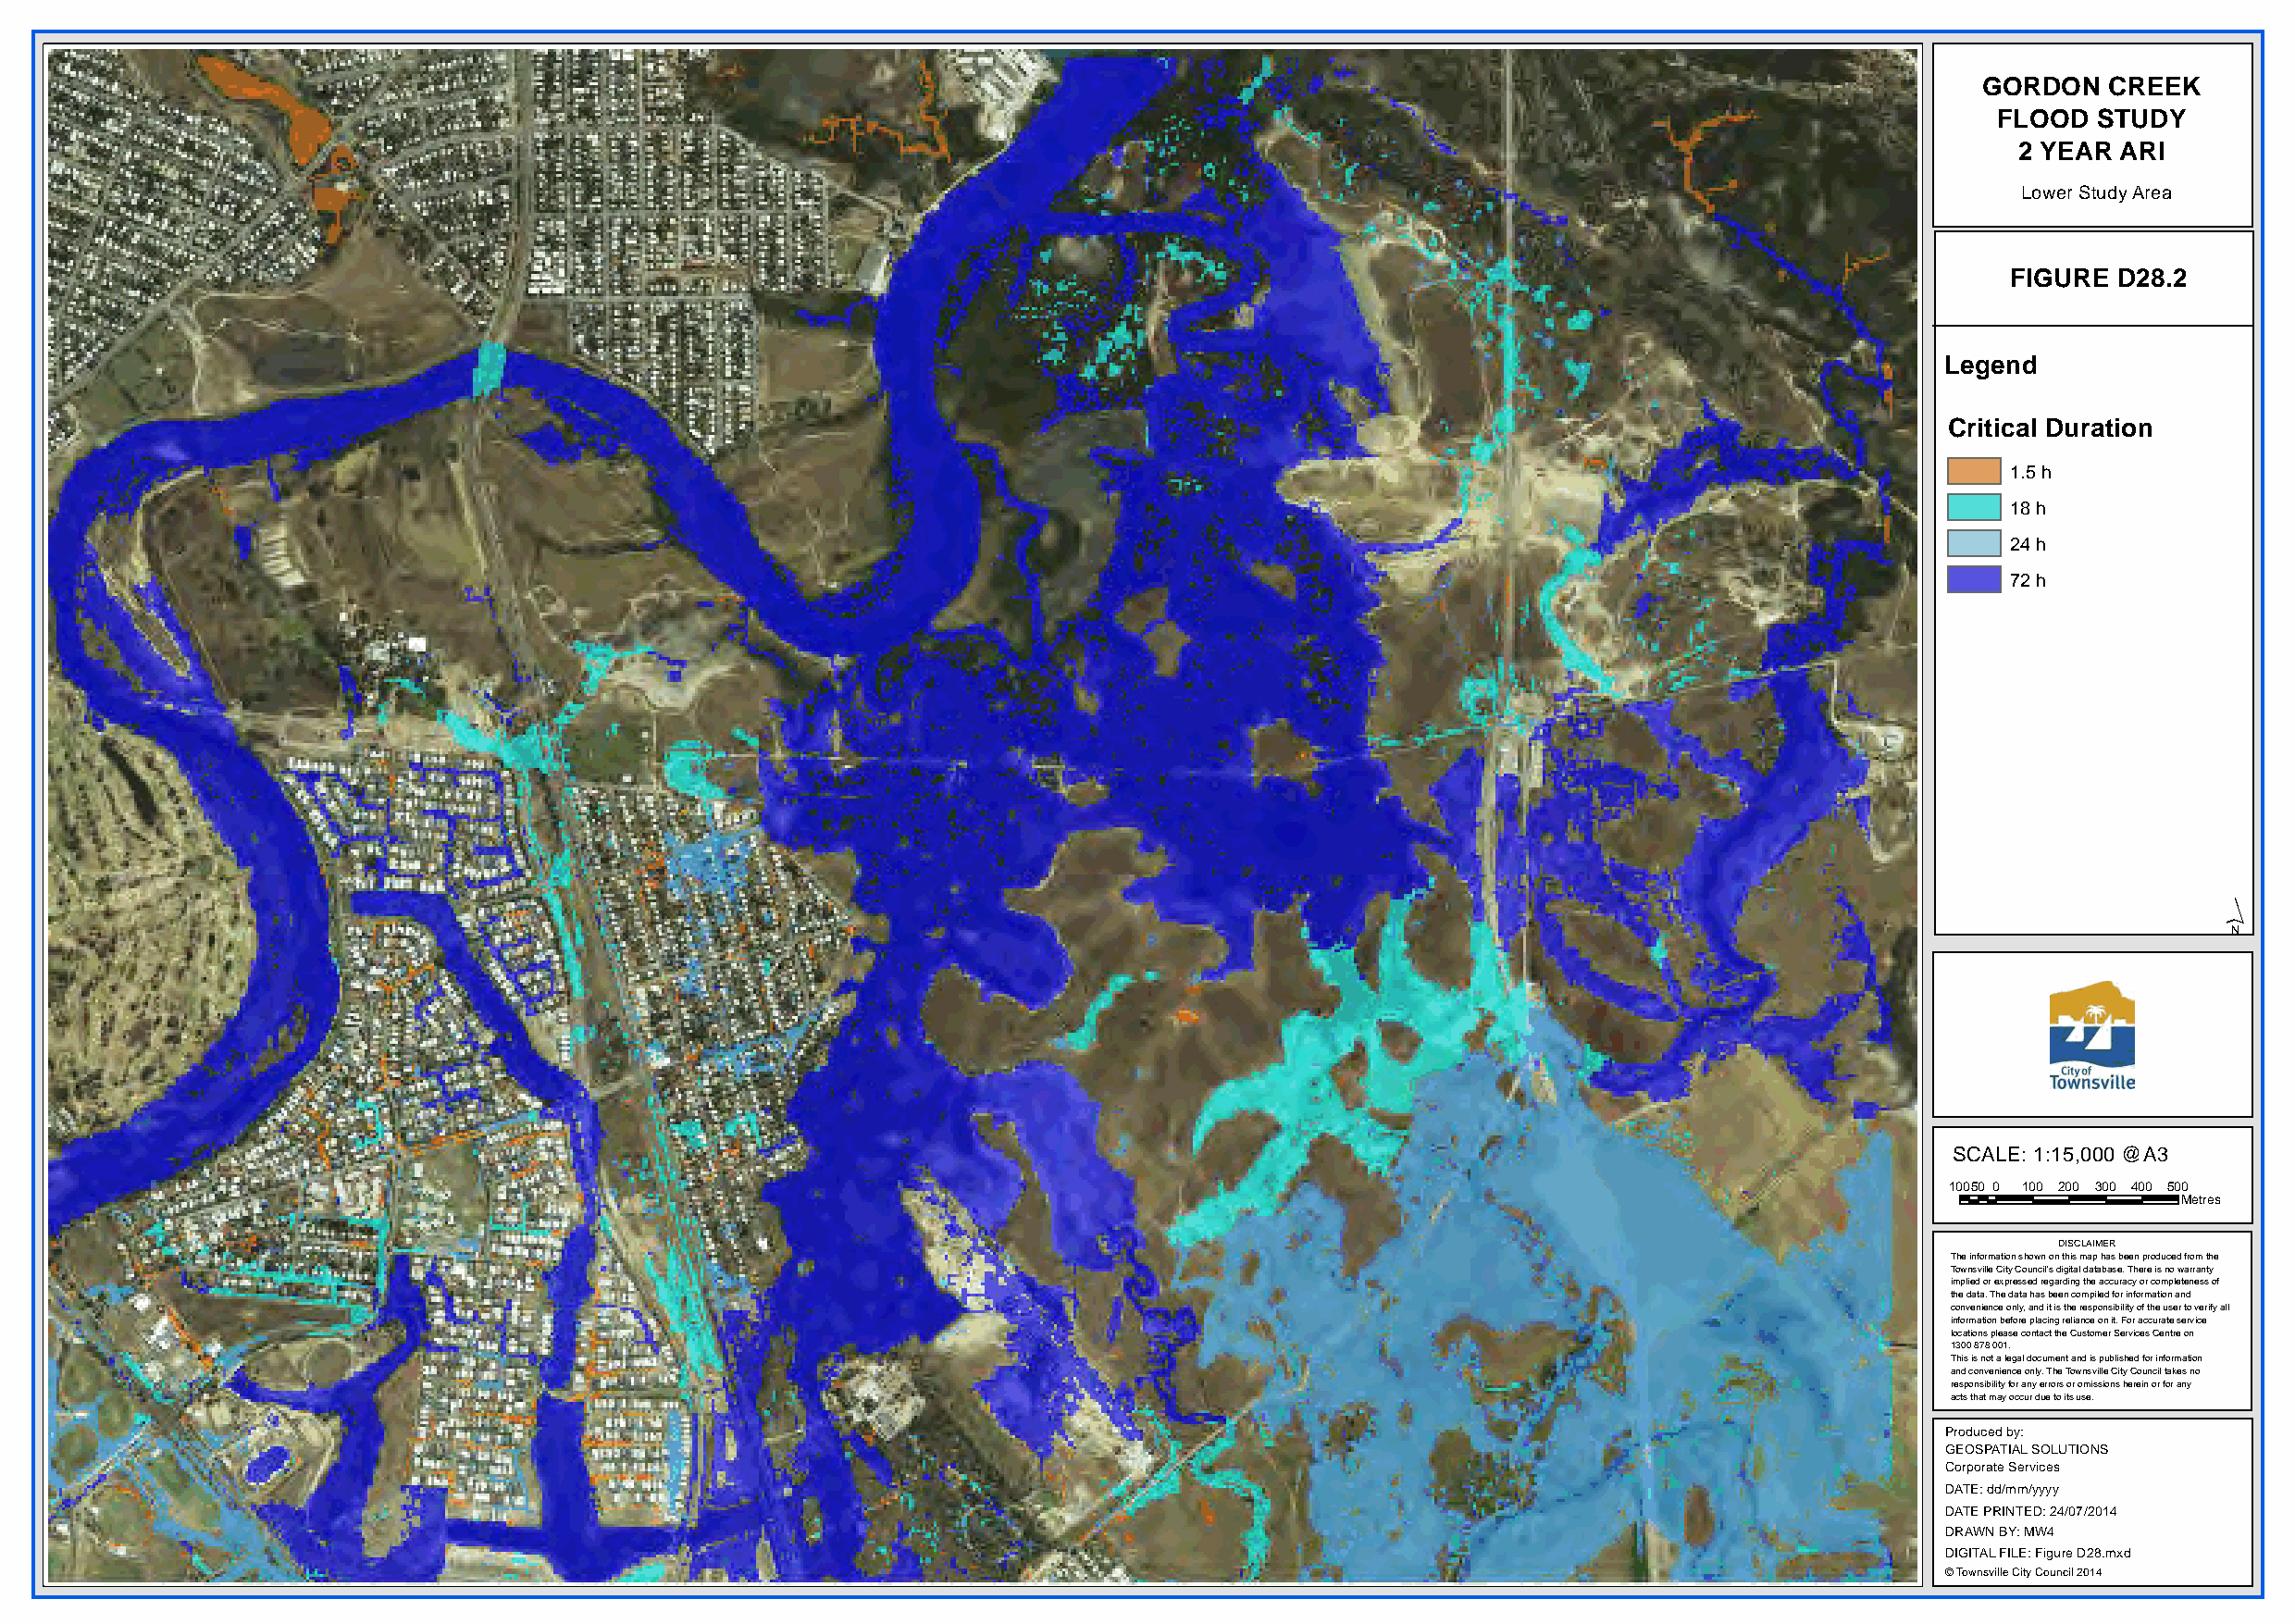
GORDON   CREEK
 FLOOD  STUDY
 2 YEAR  ARI
 Lower Study Area
 FIGURE D28.2
 Legend
 Critical Duration
 1.5 h
 18 h
 24 h
 72 h
 ´
 SCALE: 1:15,000 @A3
 10050 0 100 200 300 400 500
 Metres
 DISCLAIMER
 The information shown on this map has been produced from the
 Townsville City Council's digital database. There is no warranty
 implied or expressed regarding the accuracy or completeness of
 the data. The data has been compiled for information and
 convenience only, and it is the responsibility of the user to verify all
 information before placing reliance on it. For accurate service
 locations please contact the Customer Services Centre on
 1300 878 001.
 This is not a legal document and is published for information
 and convenience only. The Townsville City Council takes no
 responsibility for any errors or omissions herein or for any
 acts that may occur due to its use.
 Produced by:
 GEOSPATIAL SOLUTIONS
 Corporate Services
 DATE: dd/mm/yyyy
 DATE PRINTED: 24/07/2014
 DRAWN BY: MW4
 DIGITAL FILE: Figure D28.mxd
 © Townsville City Council 2014